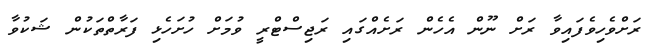
ރަށްވެހިވެފައިވާ ރަށް ނޫން އެހެން ރަށެއްގައި ރަޖިސްޓްރީ ވުމަށް ހުށަހެޅި ފަރާތްތަކުން ޝަކުވާ